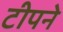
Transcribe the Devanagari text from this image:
टीपने